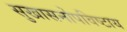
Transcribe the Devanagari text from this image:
सुखासनोपविष्टाय